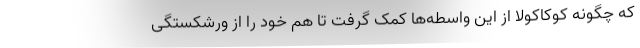
که چگونه کوکاکولا از این واسطه‌ها کمک گرفت تا هم خود را از ورشکستگی